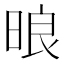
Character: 㫰